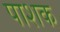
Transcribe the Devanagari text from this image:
पाशक